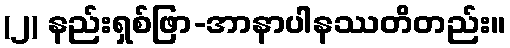
(၂) နည်းရှစ်ဖြာ-အာနာပါနဿတိတည်း။